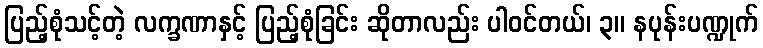
ပြည့်စုံသင့်တဲ့ လက္ခဏာနှင့် ပြည့်စုံခြင်း ဆိုတာလည်း ပါဝင်တယ်၊ ၃။ နပုန်းပဏ္ဍုက်